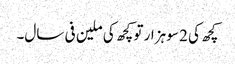
کچھ کی 2 سو ہزار تو کچھ کی ملین فی سال۔